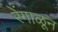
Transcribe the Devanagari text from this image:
रेंगाळून